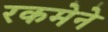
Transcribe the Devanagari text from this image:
रकमेने